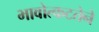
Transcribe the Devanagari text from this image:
भावोत्कटतेने